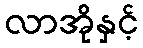
လာအိုနှင့်